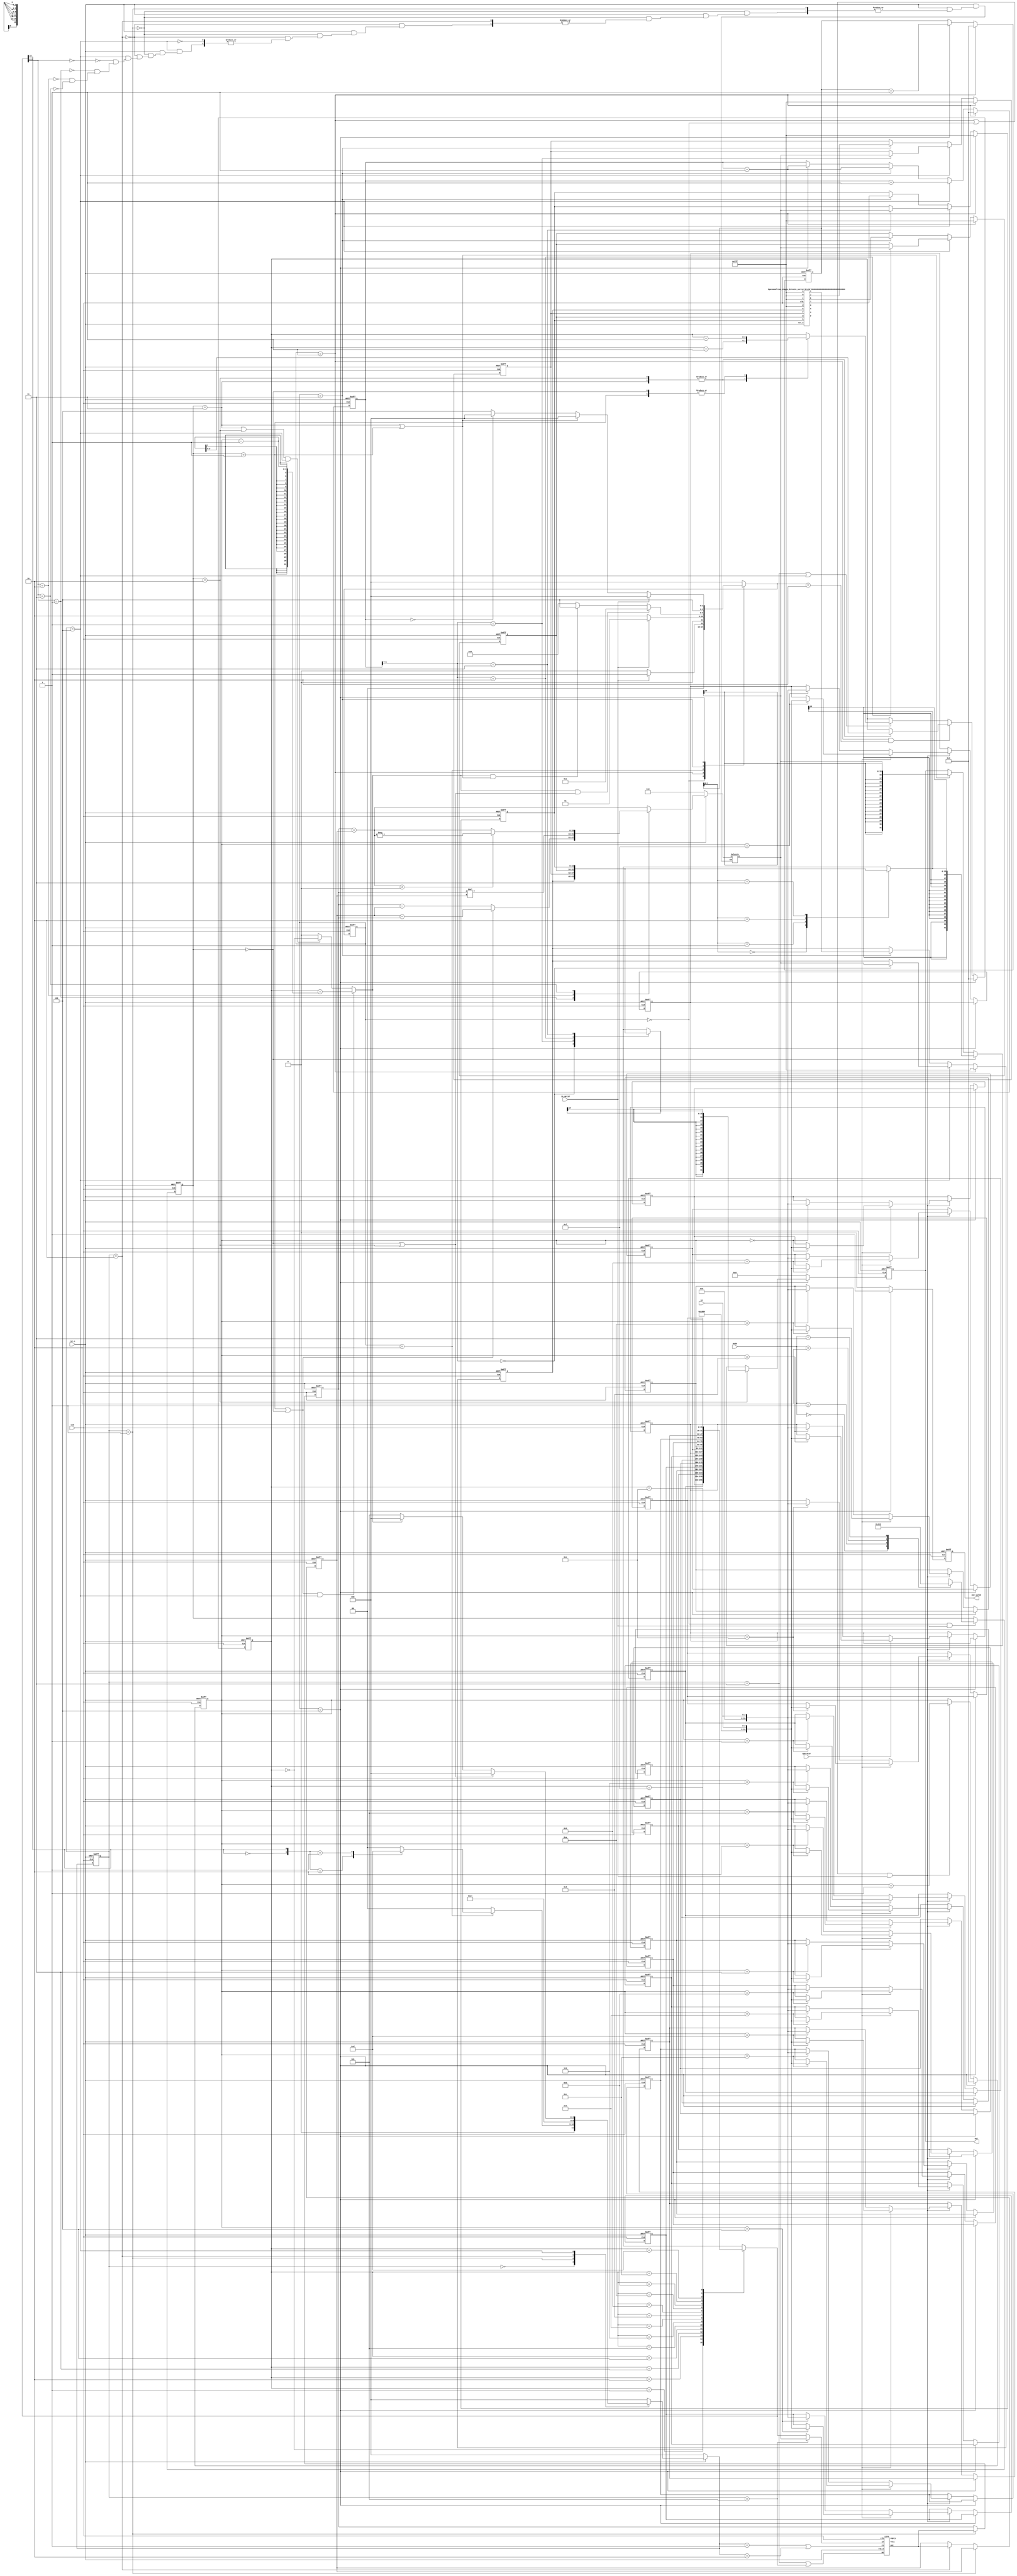
// 2023 FPGA
// FIANL : Polish Notation(PN)
//
// -----------------------------------------------------------------------------
// Communication IC & Signal Processing Lab 716
// -----------------------------------------------------------------------------
// Create : 2023-03-03 15:19:54
// Revise : 2023-03-05 13:19:54
// Editor : vscode , tab size (4)
// -----------------------------------------------------------------------------
`define C2Q 5
module PN (
    input clk,
    input rst_n,
    input [1:0] mode,
    input operator,
    input [2:0] in,
    input in_valid,
    output reg out_valid,
    output reg signed [31:0] out
);

    //================================================================
    //   PARAMETER/INTEGER/GENVAR
    //================================================================
    //integer
    integer i;

    genvar idx;

    parameter WORD = 16;
    parameter BUFFER_LEN = 16;
    localparam CNT_LEN = 4;
    localparam NUM_OF_RESULT = 4;
    //================================================================
    //   States
    //================================================================
    //======================
    //   L1 MAIN FSM
    //======================
    localparam IDLE = 'd0;
    localparam RD_DATA = 'd1;
    localparam EVALUATION = 'd2;
    localparam SORT = 'd3;
    localparam DONE = 'd4;


    //======================
    //   MODES
    //======================
    localparam POSTFIX_BURST = 'd0;
    localparam POSTFIX = 'd1;
    localparam PREFIX_BURST = 'd2;
    localparam PREFIX = 'd3;

    //======================
    //   STACK FSM
    //======================
    localparam DET_TYPE = 'd0;
    localparam PERFORM_OP_POP1 = 'd1;
    localparam PERFORM_OP_POP2 = 'd2;
    localparam PERFORM_OP_PUSH = 'd3;
    localparam PERFORM_CALCULATION = 'd4;
    localparam PUSH_MID_RESULT = 'd5;

    //======================
    //   ALU type
    //======================
    localparam ADD = 3'b000;
    localparam SUBTRACT = 3'b001;
    localparam MULT = 3'b010;
    localparam ABSOLUTE = 3'b011;

    //================================================================
    //   REG/WIRE
    //================================================================
    //======================
    //   ALU
    //======================
    reg signed [WORD-1:0] alu_out;
    reg signed [WORD-1:0] alu_buf1;
    reg signed [WORD-1:0] alu_buf2;

    //======================
    //   Storages
    //======================
    reg [WORD-1:0] data_buf[0:BUFFER_LEN-1];
    reg signed [WORD-1:0] result_buf[0:NUM_OF_RESULT-1];  // maximum of 4 values

    //======================
    //   CNTS
    //======================
    reg [CNT_LEN-1:0] strLen_cnt;
    reg [CNT_LEN-1:0] buf_index_cnt;
    reg [CNT_LEN-1:0] done_cnt;
    reg [CNT_LEN-1:0] result_reversed_cnt;
    reg [CNT_LEN-1:0] result_cnt;


    //======================
    //   FSM
    //======================
    reg [2:0] currentState, nextState;
    reg [2:0] stackCTR, stackCTRnext;
    reg  [     2:0] modeState;

    //======================
    //   STACK
    //======================
    wire            push;
    wire            pop;
    wire [WORD-1:0] stack_popped_value;
    wire [WORD-1:0] stack_pushed_value;
    wire            wn = push;
    wire            rn = pop;
    wire            full;
    wire            empty;

    //======================
    //   state indicators
    //======================
    wire            state_IDLE = currentState == IDLE;
    wire            state_RD_DATA = currentState == RD_DATA;
    wire            state_EVALUATION = currentState == EVALUATION;
    wire            state_SORT = currentState == SORT;
    wire            state_DONE = currentState == DONE;


    wire            mode_POSTFIX_BURST = modeState == POSTFIX_BURST;
    wire            mode_POSTFIX = modeState == POSTFIX;
    wire            mode_PREFIX_BURST = modeState == PREFIX_BURST;
    wire            mode_PREFIX = modeState == PREFIX;

    wire            stack_DET_TYPE = stackCTR == DET_TYPE;
    wire            stack_POP1 = stackCTR == PERFORM_OP_POP1;
    wire            stack_POP2 = stackCTR == PERFORM_OP_POP2;
    wire            stack_PUSH = stackCTR == PERFORM_OP_PUSH;
    wire            stack_PUSH_MID_RESULT = stackCTR == PUSH_MID_RESULT;
    wire            stack_CALCULATION = stackCTR == PERFORM_CALCULATION;

    //======================
    //   current_char
    //======================
    wire [WORD-1:0] buf_current_char = data_buf[buf_index_cnt];

    //================================================================
    //   control flags
    //================================================================
    //======================
    //   evaluation done
    //======================
    reg             evaluation_done_f;

    always @(*) begin
        if ((mode_POSTFIX || mode_POSTFIX_BURST) && stack_CALCULATION) begin
            evaluation_done_f = buf_index_cnt == strLen_cnt - 1;
        end else if ((mode_PREFIX || mode_PREFIX_BURST) && stack_CALCULATION) begin
            evaluation_done_f = buf_index_cnt == 0;
        end else begin
            evaluation_done_f = 1'b0;
        end
    end

    //======================
    //   Others
    //======================
    wire timed_out_f = done_cnt == 'd30;
    wire is_operand_f = buf_current_char[15] == 1'b0;
    wire is_operator_f = buf_current_char[15] == 1'b1;
    wire burst_done_f = stack_CALCULATION;

    wire signed [WORD-1:0] result_rd[0:3];
    wire signed [WORD-1:0] sorted_result_d[0:7];



    //================================================================
    //   Design
    //================================================================
    //======================
    //   FSM
    //======================
    //MAIN FSM
    always @(posedge clk or negedge rst_n) begin
        //synopsys_translate_off
        #`C2Q;
        //synopsys_translate_on
        if (~rst_n) begin
            currentState <= IDLE;
        end else begin
            currentState <= nextState;
        end
    end

    wire output_done_f = result_cnt == 0;

    always @(*) begin
        case (currentState)
            IDLE: begin
                if (in_valid) begin
                    nextState = RD_DATA;
                end else begin
                    nextState = IDLE;
                end
            end
            RD_DATA: begin
                if (!in_valid) begin
                    nextState = EVALUATION;
                end else begin
                    nextState = RD_DATA;
                end
            end
            EVALUATION: begin
                if (evaluation_done_f && (mode_POSTFIX_BURST || mode_PREFIX_BURST)) begin
                    nextState = SORT;
                end else if (evaluation_done_f && (mode_PREFIX || mode_POSTFIX)) begin
                    nextState = DONE;
                end else begin
                    nextState = EVALUATION;
                end
            end
            SORT: begin
                nextState = DONE;
            end
            DONE: begin
                if (in_valid) begin
                    nextState = IDLE;
                end else if (mode_POSTFIX || mode_PREFIX) begin
                    nextState = IDLE;
                end else if (output_done_f) begin
                    nextState = IDLE;
                end else if (timed_out_f) begin
                    nextState = IDLE;
                end else begin
                    nextState = DONE;
                end
            end
            default: begin
                nextState = IDLE;
            end
        endcase
    end

    //MODE
    always @(posedge clk or negedge rst_n) begin
        //synopsys_translate_off
        #`C2Q;
        //synopsys_translate_on
        if (~rst_n) begin
            modeState <= POSTFIX;
        end else if (state_IDLE && in_valid) begin
            case (mode)
                'd0: modeState <= PREFIX_BURST;
                'd1: modeState <= POSTFIX_BURST;
                'd2: modeState <= PREFIX;
                'd3: modeState <= POSTFIX;
                default: modeState <= PREFIX;
            endcase
        end else begin
            modeState <= modeState;
        end
    end

    //=================================================
    //   READ DATA
    //=================================================
    always @(posedge clk or negedge rst_n) begin
        //synopsys_translate_off
        #`C2Q;
        //synopsys_translate_on
        if (!rst_n) begin
            strLen_cnt <= 'd0;

            for (i = 0; i < BUFFER_LEN; i = i + 1) begin
                data_buf[i] <= 'd0;
            end
        end else if (state_DONE) begin
            strLen_cnt <= 0;
        end else if ((state_RD_DATA || state_IDLE) && in_valid) begin
            strLen_cnt <= strLen_cnt + 1;

            if (operator) begin
                data_buf[strLen_cnt] <= {1'b1, 12'b0, in};
            end else begin
                data_buf[strLen_cnt] <= {1'b0, 12'b0, in};
            end
        end else begin
            strLen_cnt <= strLen_cnt;

            for (i = 0; i < BUFFER_LEN; i = i + 1) begin
                data_buf[i] <= data_buf[i];
            end
        end
    end

    //=================================================
    //   EVALUATION
    //=================================================
    //===============
    //   STACK
    //===============
    always @(posedge clk or negedge rst_n) begin
        //synopsys_translate_off
        #`C2Q;
        //synopsys_translate_on
        if (~rst_n) begin
            stackCTR <= DET_TYPE;
        end else begin
            stackCTR <= stackCTRnext;
        end
    end

    always @(*) begin
        if (~rst_n) begin
            stackCTRnext = DET_TYPE;
        end else begin
            case (stackCTR)
                DET_TYPE: begin
                    if (state_EVALUATION) begin
                        case ({
                            is_operand_f, is_operator_f
                        })
                            2'b10: begin
                                stackCTRnext = PERFORM_OP_PUSH;
                            end
                            2'b01: begin
                                stackCTRnext = PERFORM_OP_POP1;
                            end
                            default: begin
                                stackCTRnext = DET_TYPE;
                            end
                        endcase
                    end else begin
                        stackCTRnext = DET_TYPE;
                    end
                end
                PERFORM_OP_PUSH: begin
                    stackCTRnext = DET_TYPE;
                end
                PERFORM_OP_POP1: begin
                    stackCTRnext = PERFORM_OP_POP2;
                end
                PERFORM_OP_POP2: begin
                    stackCTRnext = PERFORM_CALCULATION;
                end
                PUSH_MID_RESULT: begin
                    stackCTRnext = DET_TYPE;
                end
                PERFORM_CALCULATION: begin
                    if (mode_POSTFIX_BURST || mode_PREFIX_BURST) begin
                        stackCTRnext = DET_TYPE;
                    end else if (evaluation_done_f) begin
                        stackCTRnext = DET_TYPE;
                    end else begin
                        stackCTRnext = PUSH_MID_RESULT; // For postfix and prefix push the value back to stack.
                    end
                end
                default: begin
                    stackCTRnext = DET_TYPE;
                end
            endcase
        end
    end

    assign pop = stackCTRnext == PERFORM_OP_POP1 || stackCTRnext == PERFORM_OP_POP2;
    assign push = stack_PUSH || stack_PUSH_MID_RESULT;
    assign stack_pushed_value = stack_PUSH_MID_RESULT ? alu_out : buf_current_char;

    //===========================
    //   PERFORM OPERATION
    //===========================
    always @(posedge clk or negedge rst_n) begin
        //synopsys_translate_off
        #`C2Q;
        //synopsys_translate_on
        if (~rst_n) begin
            buf_index_cnt <= 'd0;
        end else if (state_DONE) begin
            buf_index_cnt <= 0;
        end else if (currentState == RD_DATA && nextState == EVALUATION) begin
            case (modeState)
                PREFIX_BURST, PREFIX: buf_index_cnt <= strLen_cnt - 1;
                POSTFIX_BURST, POSTFIX: buf_index_cnt <= buf_index_cnt;
                default: buf_index_cnt <= buf_index_cnt;
            endcase
        end else if (stack_PUSH || stack_CALCULATION) begin
            case (modeState)
                PREFIX_BURST, PREFIX: buf_index_cnt <= buf_index_cnt - 1;
                POSTFIX_BURST, POSTFIX: buf_index_cnt <= buf_index_cnt + 1;
                default: buf_index_cnt <= buf_index_cnt;
            endcase
        end else begin
            buf_index_cnt <= buf_index_cnt;
        end
    end

    //============================
    //	   DONE
    //============================
    always @(posedge clk or negedge rst_n) begin
        //synopsys_translate_off
        #`C2Q;
        //synopsys_translate_on
        // Used to counter in a reversed way during done state for POST_FIX
        if (~rst_n) begin
            result_reversed_cnt <= 0;
        end else if (state_RD_DATA) begin
            result_reversed_cnt <= 0;
        end else if (state_DONE) begin
            result_reversed_cnt <= result_reversed_cnt + 1;
        end else begin
            result_reversed_cnt <= result_reversed_cnt;
        end
    end

    always @(posedge clk or negedge rst_n) begin
        //synopsys_translate_off
        #`C2Q;
        //synopsys_translate_on
        if (~rst_n) begin
            done_cnt  <= 'd0;
            out_valid <= 'd0;
            out       <= 'd0;
        end else if (timed_out_f) begin
            done_cnt  <= 'd0;
            out_valid <= 'd0;
            out       <= 'd0;
        end else if (state_DONE) begin
            done_cnt  <= done_cnt + 1;
            out_valid <= 1'b1;
            if (mode_PREFIX_BURST) begin
                out <= result_buf[result_cnt];
            end else if (mode_POSTFIX_BURST) begin
                out <= result_buf[result_reversed_cnt];
            end else if (mode_POSTFIX || mode_PREFIX) begin
                out <= alu_out;
            end else begin
                out <= out;
            end
        end else begin
            out_valid <= 'd0;
            out       <= 'd0;
            done_cnt  <= done_cnt;
        end
    end

    //======================
    //  ALU
    //======================
    always @(posedge clk or negedge rst_n) begin
        //synopsys_translate_off
        #`C2Q;
        //synopsys_translate_on
        if (!rst_n) begin
            alu_buf1 <= 'd0;
            alu_buf2 <= 'd0;
        end else if (stack_POP1) begin
            alu_buf1 <= stack_popped_value;
            alu_buf2 <= alu_buf2;
        end else if (stack_POP2) begin
            alu_buf1 <= alu_buf1;
            alu_buf2 <= stack_popped_value;
        end else begin
            alu_buf1 <= alu_buf1;
            alu_buf2 <= alu_buf2;
        end
    end


    always @(*) begin
        if (!rst_n) begin
            alu_out = 'd0;
        end else if (stack_POP1) begin
            alu_out = alu_out;
        end else if (stack_POP2) begin
            alu_out = alu_out;
        end else if (stack_CALCULATION) begin
            case (buf_current_char[2:0])
                ADD: begin
                    alu_out = alu_buf1 + alu_buf2;
                end
                SUBTRACT: begin
                    if (mode_POSTFIX || mode_POSTFIX_BURST) begin
                        alu_out = alu_buf2 - alu_buf1;
                    end else begin
                        alu_out = alu_buf1 - alu_buf2;
                    end
                end
                MULT: begin
                    alu_out = alu_buf1 * alu_buf2;
                end
                ABSOLUTE: begin
                    if ($signed(alu_buf1 + alu_buf2) < 0) begin
                        alu_out = -(alu_buf1 + alu_buf2);
                    end else begin
                        alu_out = alu_buf1 + alu_buf2;
                    end
                end
                default: begin
                    alu_out = alu_out;
                end
            endcase

        end else begin
            alu_out = alu_out;
        end
    end

    //==========================
    //	   RESULT BUFFER & cnt
    //==========================
    generate
        for (idx = 0; idx < 4; idx = idx + 1) begin
            assign result_rd[idx] = result_buf[idx];
        end
    endgenerate

    always @(posedge clk or negedge rst_n) begin
        //synopsys_translate_off
        #`C2Q;
        //synopsys_translate_on
        if (!rst_n) begin
            result_cnt <= 'd0;
            for (i = 0; i < NUM_OF_RESULT; i = i + 1) begin
                result_buf[i] <= 16'h0fff;
            end
        end else if (state_RD_DATA) begin
            result_cnt <= 'd0;
            for (i = 0; i < NUM_OF_RESULT; i = i + 1) begin
                result_buf[i] <= 16'h0fff;
            end
        end else if (stack_CALCULATION && burst_done_f) begin
            result_cnt <= result_cnt + 1;
            result_buf[result_cnt] <= alu_out;
        end else if (state_SORT) begin
            for (i = 0; i < 4; i = i + 1) begin
                result_buf[i] <= sorted_result_d[i];
            end
            result_cnt <= result_cnt - 1;
        end else if (state_DONE) begin
            result_cnt <= result_cnt - 1;
        end else begin
            result_cnt <= result_cnt;
            for (i = 0; i < NUM_OF_RESULT; i = i + 1) begin
                result_buf[i] <= result_buf[i];
            end
        end
    end

    //======================
    //	   MODULE: STACK
    //======================


    LIFO stack (
        .in(stack_pushed_value),
        .clk(clk),
        .rst_n(rst_n),
        .wn(wn),
        .rn(rn),
        .out(stack_popped_value),
        .full(full),
        .empty(empty)
    );


    //===========================
    //	 MODULE: Sorter
    //===========================

    two_stages_bitonic_sorter #(
        .N(WORD)
    ) bitonics_sorter (
        .rst_n(rst_n),
        .clk(clk),
        //inputs
        .a(16'h0fff),
        .b(16'h0fff),
        .c(16'h0fff),
        .d(16'h0fff),
        .e(result_rd[0]),
        .f(result_rd[1]),
        .g(result_rd[2]),
        .h(result_rd[3]),
        //output
        .i(sorted_result_d[0]),
        .j(sorted_result_d[1]),
        .k(sorted_result_d[2]),
        .l(sorted_result_d[3]),
        .m(sorted_result_d[4]),
        .n(sorted_result_d[5]),
        .o(sorted_result_d[6]),
        .p(sorted_result_d[7])
    );



endmodule

module two_stages_bitonic_sorter #(
    parameter N = 16
) (
    input rst_n,
    input clk,
    input signed [N-1:0] a,
    input signed [N-1:0] b,
    input signed [N-1:0] c,
    input signed [N-1:0] d,
    input signed [N-1:0] e,
    input signed [N-1:0] f,
    input signed [N-1:0] g,
    input signed [N-1:0] h,

    output signed [N-1:0] i,
    output signed [N-1:0] j,
    output signed [N-1:0] k,
    output signed [N-1:0] l,
    output signed [N-1:0] m,
    output signed [N-1:0] n,
    output signed [N-1:0] o,
    output signed [N-1:0] p
);

    reg signed  [N-1:0] bitonic_seq_reg[0:7];

    wire signed [N-1:0] lv1_1_min;
    wire signed [N-1:0] lv1_1_max;
    wire signed [N-1:0] lv1_2_min;
    wire signed [N-1:0] lv1_2_max;
    wire signed [N-1:0] lv1_3_min;
    wire signed [N-1:0] lv1_3_max;
    wire signed [N-1:0] lv1_4_min;
    wire signed [N-1:0] lv1_4_max;

    wire signed [N-1:0] lv2_1_min;
    wire signed [N-1:0] lv2_1_max;
    wire signed [N-1:0] lv2_2_min;
    wire signed [N-1:0] lv2_2_max;
    wire signed [N-1:0] lv2_3_min;
    wire signed [N-1:0] lv2_3_max;
    wire signed [N-1:0] lv2_4_min;
    wire signed [N-1:0] lv2_4_max;

    wire signed [N-1:0] lv3_1_min;
    wire signed [N-1:0] lv3_1_max;
    wire signed [N-1:0] lv3_2_min;
    wire signed [N-1:0] lv3_2_max;
    wire signed [N-1:0] lv3_3_min;
    wire signed [N-1:0] lv3_3_max;
    wire signed [N-1:0] lv3_4_min;
    wire signed [N-1:0] lv3_4_max;

    //Creating bitonic sequences
    BE #(
        .N(N)
    ) lv1_1 (
        .a  (a),
        .b  (b),
        .min(lv1_1_min),
        .max(lv1_1_max)
    );
    BE #(
        .N(N)
    ) lv1_2 (
        .a  (c),
        .b  (d),
        .min(lv1_2_min),
        .max(lv1_2_max)
    );
    BE #(
        .N(N)
    ) lv1_3 (
        .a  (e),
        .b  (f),
        .min(lv1_3_min),
        .max(lv1_3_max)
    );
    BE #(
        .N(N)
    ) lv1_4 (
        .a  (g),
        .b  (h),
        .min(lv1_4_min),
        .max(lv1_4_max)
    );

    BE #(
        .N(N)
    ) lv2_1 (
        .a  (lv1_1_min),
        .b  (lv1_2_max),
        .min(lv2_1_min),
        .max(lv2_1_max)
    );
    BE #(
        .N(N)
    ) lv2_2 (
        .a  (lv1_1_max),
        .b  (lv1_2_min),
        .min(lv2_2_min),
        .max(lv2_2_max)
    );
    BE #(
        .N(N)
    ) lv2_3 (
        .a  (lv1_3_min),
        .b  (lv1_4_max),
        .min(lv2_3_min),
        .max(lv2_3_max)
    );
    BE #(
        .N(N)
    ) lv2_4 (
        .a  (lv1_3_max),
        .b  (lv1_4_min),
        .min(lv2_4_min),
        .max(lv2_4_max)
    );

    BE #(
        .N(N)
    ) lv3_1 (
        .a  (lv2_1_min),
        .b  (lv2_2_min),
        .min(lv3_1_min),
        .max(lv3_1_max)
    );
    BE #(
        .N(N)
    ) lv3_2 (
        .a  (lv2_1_max),
        .b  (lv2_2_max),
        .min(lv3_2_min),
        .max(lv3_2_max)
    );
    BE #(
        .N(N)
    ) lv3_3 (
        .a  (lv2_3_max),
        .b  (lv2_4_max),
        .min(lv3_3_min),
        .max(lv3_3_max)
    );
    BE #(
        .N(N)
    ) lv3_4 (
        .a  (lv2_3_min),
        .b  (lv2_4_min),
        .min(lv3_4_min),
        .max(lv3_4_max)
    );

    always @(*) begin
        bitonic_seq_reg[0] = lv3_1_min;
        bitonic_seq_reg[1] = lv3_1_max;
        bitonic_seq_reg[2] = lv3_2_min;
        bitonic_seq_reg[3] = lv3_2_max;
        bitonic_seq_reg[4] = lv3_3_max;
        bitonic_seq_reg[5] = lv3_3_min;
        bitonic_seq_reg[6] = lv3_4_max;
        bitonic_seq_reg[7] = lv3_4_min;
    end

    //Bitonic sort process
    wire signed [N-1:0] sort_lv1_1_min;
    wire signed [N-1:0] sort_lv1_1_max;
    wire signed [N-1:0] sort_lv1_2_min;
    wire signed [N-1:0] sort_lv1_2_max;
    wire signed [N-1:0] sort_lv1_3_min;
    wire signed [N-1:0] sort_lv1_3_max;
    wire signed [N-1:0] sort_lv1_4_min;
    wire signed [N-1:0] sort_lv1_4_max;

    wire signed [N-1:0] sort_lv2_1_min;
    wire signed [N-1:0] sort_lv2_1_max;
    wire signed [N-1:0] sort_lv2_2_min;
    wire signed [N-1:0] sort_lv2_2_max;
    wire signed [N-1:0] sort_lv2_3_min;
    wire signed [N-1:0] sort_lv2_3_max;
    wire signed [N-1:0] sort_lv2_4_min;
    wire signed [N-1:0] sort_lv2_4_max;

    BE #(
        .N(N)
    ) sort_lv1_1 (
        .a  (bitonic_seq_reg[0]),
        .b  (bitonic_seq_reg[4]),
        .min(sort_lv1_1_min),
        .max(sort_lv1_1_max)
    );
    BE #(
        .N(N)
    ) sort_lv1_2 (
        .a  (bitonic_seq_reg[1]),
        .b  (bitonic_seq_reg[5]),
        .min(sort_lv1_2_min),
        .max(sort_lv1_2_max)
    );
    BE #(
        .N(N)
    ) sort_lv1_3 (
        .a  (bitonic_seq_reg[2]),
        .b  (bitonic_seq_reg[6]),
        .min(sort_lv1_3_min),
        .max(sort_lv1_3_max)
    );
    BE #(
        .N(N)
    ) sort_lv1_4 (
        .a  (bitonic_seq_reg[3]),
        .b  (bitonic_seq_reg[7]),
        .min(sort_lv1_4_min),
        .max(sort_lv1_4_max)
    );

    BE #(
        .N(N)
    ) sort_lv2_1 (
        .a  (sort_lv1_1_min),
        .b  (sort_lv1_3_min),
        .min(sort_lv2_1_min),
        .max(sort_lv2_1_max)
    );
    BE #(
        .N(N)
    ) sort_lv2_2 (
        .a  (sort_lv1_1_max),
        .b  (sort_lv1_3_max),
        .min(sort_lv2_2_min),
        .max(sort_lv2_2_max)
    );
    BE #(
        .N(N)
    ) sort_lv2_3 (
        .a  (sort_lv1_2_min),
        .b  (sort_lv1_4_min),
        .min(sort_lv2_3_min),
        .max(sort_lv2_3_max)
    );
    BE #(
        .N(N)
    ) sort_lv2_4 (
        .a  (sort_lv1_2_max),
        .b  (sort_lv1_4_max),
        .min(sort_lv2_4_min),
        .max(sort_lv2_4_max)
    );

    BE #(
        .N(N)
    ) sort_lv3_1 (
        .a  (sort_lv2_1_min),
        .b  (sort_lv2_3_min),
        .min(i),
        .max(j)
    );
    BE #(
        .N(N)
    ) sort_lv3_2 (
        .a  (sort_lv2_1_max),
        .b  (sort_lv2_3_max),
        .min(k),
        .max(l)
    );
    BE #(
        .N(N)
    ) sort_lv3_3 (
        .a  (sort_lv2_2_min),
        .b  (sort_lv2_4_min),
        .min(m),
        .max(n)
    );
    BE #(
        .N(N)
    ) sort_lv3_4 (
        .a  (sort_lv2_2_max),
        .b  (sort_lv2_4_max),
        .min(o),
        .max(p)
    );

endmodule



module LIFO #(
    parameter DATA_WIDTH  = 16,
    parameter STACK_DEPTH = 16
) (
    input [DATA_WIDTH-1:0] in,
    output full,
    output empty,
    input clk,
    input rst_n,
    input wn,
    input rn,
    output reg [DATA_WIDTH-1:0] out
);


    reg [3:0] sp;
    reg [DATA_WIDTH-1:0] memory[0:STACK_DEPTH-1];
    integer i;

    assign full  = (sp == 4'b1111) ? 1 : 0;
    assign empty = (sp == 4'b0000) ? 1 : 0;

    always @(*) begin
        out = memory[sp];
    end

    always @(posedge clk or negedge rst_n) begin
        //synopsys_translate_off
        #`C2Q;
        //synopsys_translate_on
        if (~rst_n) begin
            for (i = 0; i < STACK_DEPTH; i = i + 1) begin
                memory[i] <= 'd0;
            end
            sp <= 1;
        end else if (wn & !full) begin
            memory[sp] <= in;
            sp <= sp + 1;
        end else if (rn & !empty) begin
            sp <= sp - 1;
        end
    end
endmodule



module BE #(
    parameter N = 16
) (
    input  signed [N-1:0] a,
    input  signed [N-1:0] b,
    output signed [N-1:0] min,
    output signed [N-1:0] max
);

    assign {min, max} = (a > b) ? {b, a} : {a, b};

endmodule